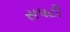
સપટી